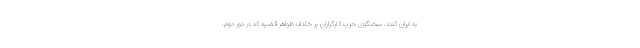
به ایران کنند. سخنگوی حزب کارگزاران بر خلاف ظواهر قضیه که در دور دوم،